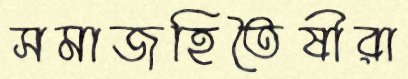
সমাজহিতৈষীরা